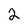
Character: 2